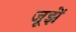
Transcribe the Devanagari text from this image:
जूझें